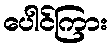
ပေါင်ကြား